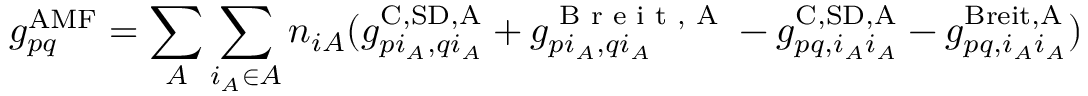
g _ { p q } ^ { \mathrm { A M F } } = \sum _ { A } \sum _ { i _ { A } \in A } n _ { i A } ( g _ { p i _ { A } , q i _ { A } } ^ { \mathrm { C , S D , A } } + g _ { p i _ { A } , q i _ { A } } ^ { \textrm { B r e i t , A } } - g _ { p q , i _ { A } i _ { A } } ^ { \mathrm { C , S D , A } } - g _ { p q , i _ { A } i _ { A } } ^ { \mathrm { B r e i t , A } } )